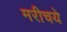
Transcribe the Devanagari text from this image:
मरीचये